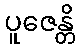
ပူဇေန္တိ